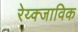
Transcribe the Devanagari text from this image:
रेय्क्जाविक